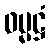
ဓမ္မဋ္ဌံ